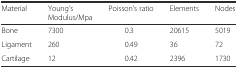
<table><thead><tr><td><b>Material</b></td><td><b>Young’s Modulus/Mpa</b></td><td><b>Poisson’s ratio</b></td><td><b>Elements</b></td><td><b>Nodes</b></td></tr></thead><tbody><tr><td>Bone</td><td>7300</td><td>0.3</td><td>20615</td><td>5019</td></tr><tr><td>Ligament</td><td>260</td><td>0.49</td><td>36</td><td>72</td></tr><tr><td>Cartilage</td><td>12</td><td>0.42</td><td>2396</td><td>1730</td></tr></tbody></table>